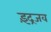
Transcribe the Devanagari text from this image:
इंद्रजव